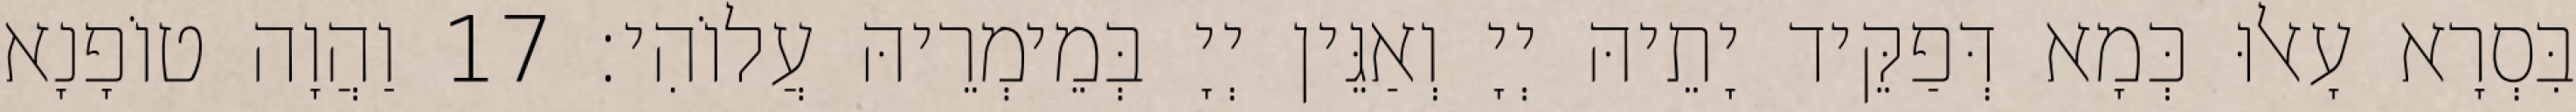
בִּסְרָא עָאלוּ כְּמָא דְּפַקֵּיד יָתֵיהּ יְיָ וְאַגֵּין יְיָ בְּמֵימְרֵיהּ עֲלוֹהִי׃ 17 וַהֲוָה טוֹפָנָא